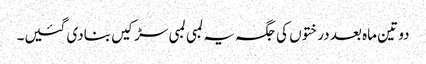
دو تین ماہ بعد درختوں کی جگہ یہ لمبی لمبی سڑکیں بنادی گئیں۔